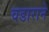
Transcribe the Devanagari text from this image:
वडाराने